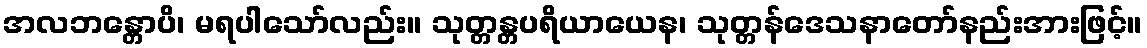
အလဘန္တောပိ၊ မရပါသော်လည်း။ သုတ္တန္တပရိယာယေန၊ သုတ္တန်ဒေသနာတော်နည်းအားဖြင့်။